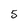
Character: 5